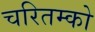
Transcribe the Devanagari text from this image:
चरितम्को